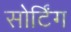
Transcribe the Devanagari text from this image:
सोर्टिंग